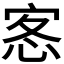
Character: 𭜰